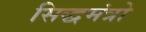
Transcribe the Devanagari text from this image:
सिद्धमंत्रो